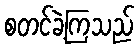
စတင်ခဲ့ကြသည်